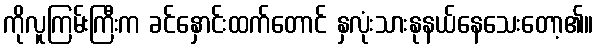
ကိုလူကြမ်းကြီးက ခင်နှောင်းထက်တောင် နှလုံးသားနုနယ်နေသေးတော့၏။